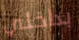
بداخلي